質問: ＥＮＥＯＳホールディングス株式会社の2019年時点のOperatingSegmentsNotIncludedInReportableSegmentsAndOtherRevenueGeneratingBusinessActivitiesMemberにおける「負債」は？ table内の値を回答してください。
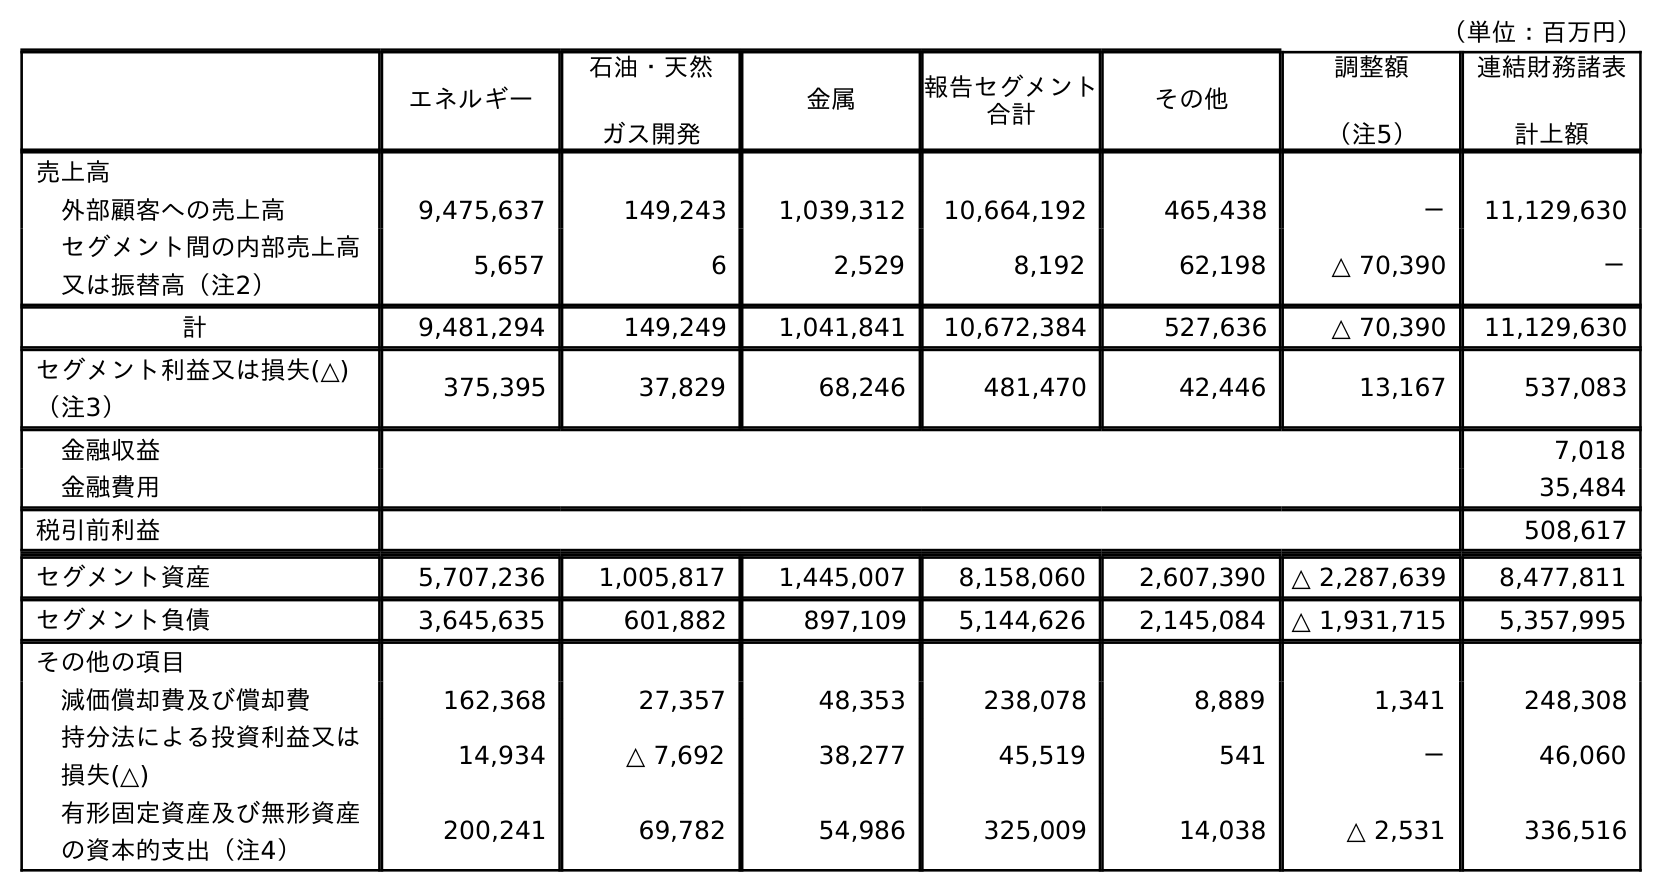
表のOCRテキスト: （単位：百万円） エネルギー 石油・天然 ガス開発 金属 報告セグメント 合計 その他 調整額 （注5） 連結財務諸表 計上額 売上高 外部顧客への売上高 9,475,637 149,243 1,039,312 10,664,192 465,438 － 11,129,630 セグメント間の内部売上高 又は振替高（注2） 5,657 6 2,529 8,192 62,198 △ 70,390 － 計 9,481,294 149,249 1,041,841 10,672,384 527,636 △ 70,390 11,129,630 セグメント利益又は損失(△) （注3） 375,395 37,829 68,246 481,470 42,446 13,167 537,083 金融収益 7,018 金融費用 35,484 税引前利益 508,617 セグメント資産 5,707,236 1,005,817 1,445,007 8,158,060 2,607,390 △ 2,287,639 8,477,811 セグメント負債 3,645,635 601,882 897,109 5,144,626 2,145,084 △ 1,931,715 5,357,995 その他の項目 減価償却費及び償却費 162,368 27,357 48,353 238,078 8,889 1,341 248,308 持分法による投資利益又は 損失(△) 14,934 △ 7,692 38,277 45,519 541 － 46,060 有形固定資産及び無形資産 の資本的支出（注4） 200,241 69,782 54,986 325,009 14,038 △ 2,531 336,516
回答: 2,145,084